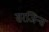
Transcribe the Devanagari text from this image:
सरजिन्स